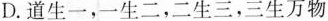
D.道生一，一生二，二生三，三生万物